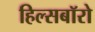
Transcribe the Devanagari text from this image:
हिल्सबॉरो